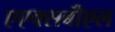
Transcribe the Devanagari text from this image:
एएक्सबीएल